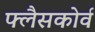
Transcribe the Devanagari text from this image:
फ्लैसकोर्व